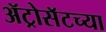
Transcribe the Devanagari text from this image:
ॲट्रोसॅटच्या